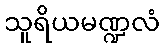
သူရိယမဏ္ဍလံ